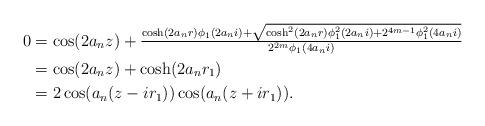
LaTeX: \begin{align*}0& =\cos(2 a_n z)+ \tfrac{\cosh(2a_nr)\phi_1(2a_ni) + \sqrt{\cosh^2(2a_nr)\phi_1^2(2a_ni)+ 2^{4m-1}\phi_1^2(4a_ni)}}{2^{2m}\phi_1(4a_ni)} \\& = \cos(2a_n z)+\cosh(2a_n r_1) \\& = 2 \cos(a_n(z-ir_1))\cos(a_n(z+ir_1)).\end{align*}